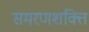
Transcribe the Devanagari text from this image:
समरणशक्ति